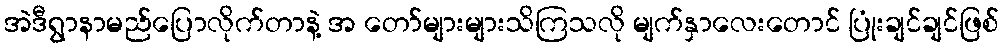
အဲဒီရွာနာမည်ပြောလိုက်တာနဲ့ အ တော်များများသိကြသလို မျက်နှာလေးတောင် ပြုံးချင်ချင်ဖြစ်